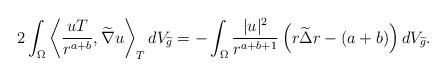
LaTeX: \begin{align*}2\int_{\Omega}\left\langle\frac{uT}{r^{a+b}},\widetilde{\nabla}u\right\rangle_TdV_{\widetilde{g}}=-\int_{\Omega}\frac{|u|^2}{r^{a+b+1}}\left(r\widetilde{\Delta}r-(a+b)\right)dV_{\widetilde{g}}.\end{align*}